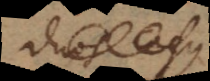
duos casus